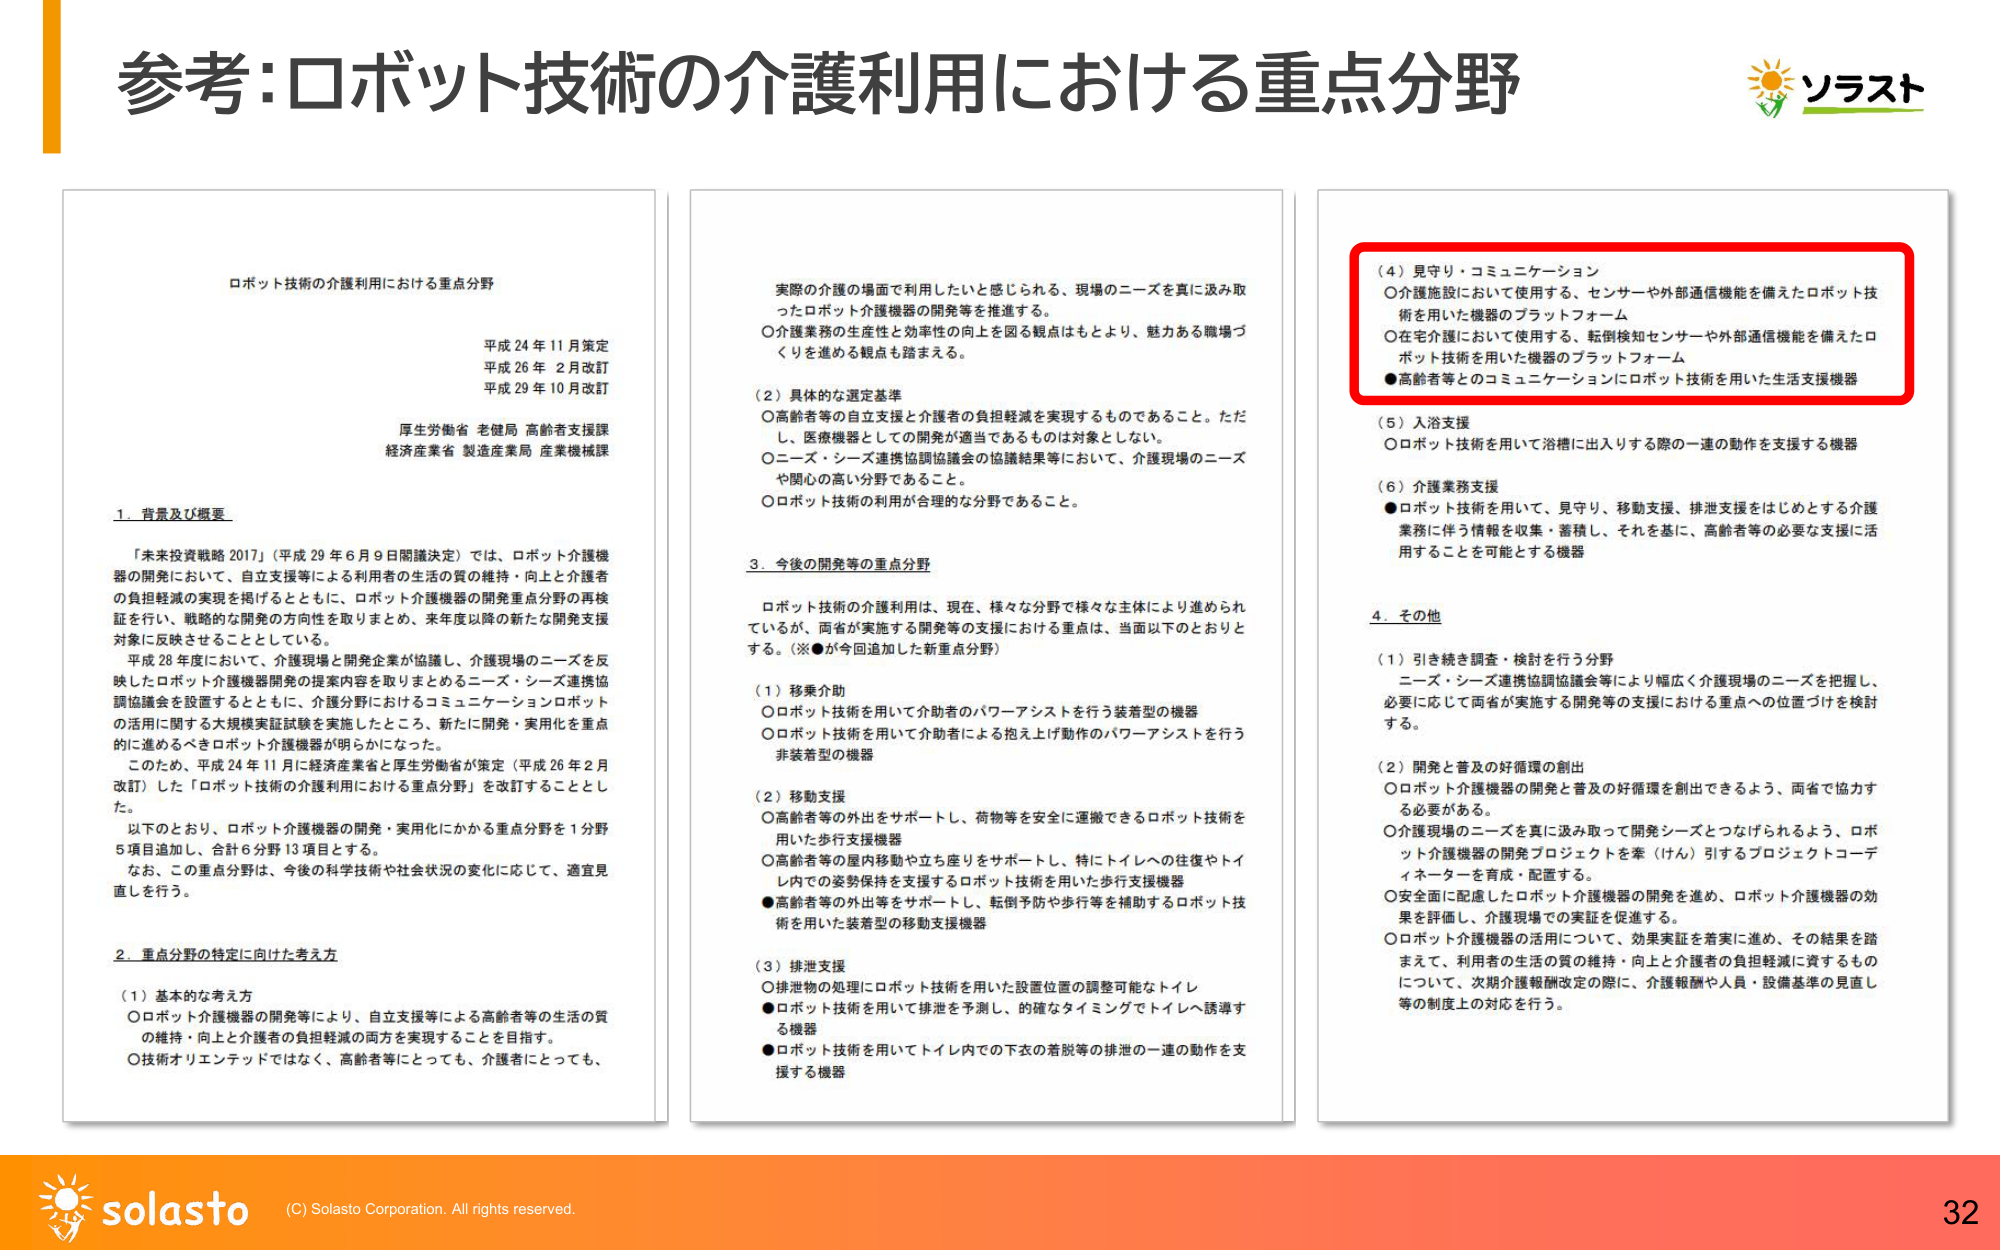
参考:ロボット技術の介護利用における重点分野

ロボット技術の介護利用における重点分野
平成24年11月策定
平成26年2月改訂
平成29年10月改訂

厚生労働省 老健局 高齢者支援課
経済産業省 製造産業局 産業機械課

1. 背景及び概要
「未来投資戦略2017」（平成29年6月9日閣議決定）では、ロボット介護機器の開発において、自立支援等による利用者の生活の質の維持・向上と介護者の負担軽減の実現を掲げるとともに、ロボット介護機器の開発重点分野の再検証を行い、戦略的な開発の方向性を取りまとめ、来年度以降の新たな開発支援対象に反映させることとしている。

平成28年度において、介護現場と開発企業が協議し、介護現場のニーズを反映したロボット介護機器開発の提案内容を取りまとめるニーズ・シーズ連携協調協議会を設置するとともに、介護分野におけるコミュニケーションロボットの活用に関する大規模実証試験を実施したところ、新たに開発・実用化を重点的に進めるべきロボット介護機器が明らかになった。

このため、平成24年11月に経済産業省と厚生労働省が策定（平成26年2月改訂）した「ロボット技術の介護利用における重点分野」を改訂することとした。

以下のとおり、ロボット介護機器の開発・実用化にかかる重点分野を1分野5項目追加し、合計6分野13項目とする。

なお、この重点分野は、今後の科学技術や社会状況の変化に応じて、適宜見直しを行う。

2. 重点分野の特定に向けた考え方
（1）基本的な考え方
〇ロボット介護機器の開発等により、自立支援等による高齢者等の生活の質の維持・向上と介護者の負担軽減の両方を実現することを目指す。
〇技術オリエンテッドではなく、高齢者等にとっても、介護者にとっても、

実際の介護の場面で利用したいと感じられる、現場のニーズを真に汲み取ったロボット介護機器の開発等を推進する。
〇介護業務の生産性と効率性の向上を図る観点はもとより、魅力ある職場づくりを進める観点も踏まえる。

（2）具体的な選定基準
〇高齢者等の自立支援と介護者の負担軽減を実現するものであること。ただし、医療機器としての開発が適当であるものは対象としない。
〇ニーズ・シーズ連携協調協議会の協議結果等において、介護現場のニーズや関心の高い分野であること。
〇ロボット技術の利用が合理的な分野であること。

3. 今後の開発等の重点分野
ロボット技術の介護利用は、現在、様々な分野で様々な主体により進められているが、両省が実施する開発等の支援における重点は、当面以下のとおりとする。（※●が今回追加した新重点分野）

（1）移乗介助
〇ロボット技術を用いて介助者のパワーアシストを行う装着型の機器
〇ロボット技術を用いて介助者による抱え上げ動作のパワーアシストを行う非装着型の機器

（2）移動支援
〇高齢者等の外出をサポートし、荷物等を安全に運搬できるロボット技術を用いた歩行支援機器
〇高齢者等の屋内移動や立ち座りをサポートし、特にトイレへの往復やトイレ内での姿勢保持を支援するロボット技術を用いた歩行支援機器
●高齢者等の外出等をサポートし、転倒予防や歩行等を補助するロボット技術を用いた装着型の移動支援機器

（3）排泄支援
〇排泄物の処理にロボット技術を用いた設置位置の調整可能なトイレ
●ロボット技術を用いて排泄を予測し、的確なタイミングでトイレへ誘導する機器
●ロボット技術を用いてトイレ内での下衣の着脱等の排泄の一連の動作を支援する機器

（4）見守り・コミュニケーション
〇介護施設において使用する、センサーや外部通信機能を備えたロボット技術を用いた機器のプラットフォーム
〇在宅介護において使用する、転倒検知センサーや外部通信機能を備えたロボット技術を用いた機器のプラットフォーム
●高齢者等とのコミュニケーションにロボット技術を用いた生活支援機器

（5）入浴支援
〇ロボット技術を用いて浴槽に出入りする際の一連の動作を支援する機器

（6）介護業務支援
●ロボット技術を用いて、見守り、移動支援、排泄支援をはじめとする介護業務に伴う情報を収集・蓄積し、それを基に、高齢者等の必要な支援に活用することを可能とする機器

4. その他
（1）引き続き調査・検討を行う分野
ニーズ・シーズ連携協調協議会等により幅広く介護現場のニーズを把握し、必要に応じて両省が実施する開発等の支援における重点への位置づけを検討する。

（2）開発と普及の好循環の創出
〇ロボット介護機器の開発と普及の好循環を創出できるよう、両省で協力する必要がある。
〇介護現場のニーズを真に汲み取って開発シーズとつなげられるよう、ロボット介護機器の開発プロジェクトを牽（けん）引するプロジェクトコーディネーターを育成・配置する。
〇安全面に配慮したロボット介護機器の開発を進め、ロボット介護機器の効果を評価し、介護現場での実証を促進する。
〇ロボット介護機器の活用について、効果実証を着実に進め、その結果を踏まえて、利用者の生活の質の維持・向上と介護者の負担軽減に資するものについて、次期介護報酬改定の際に、介護報酬や人員・設備基準の見直し等の制度上の対応を行う。

ソラスト
solasto
(C) Solasto Corporation. All rights reserved.
32